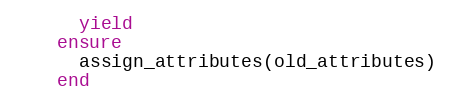
Language: Ruby
      yield
    ensure
      assign_attributes(old_attributes)
    end